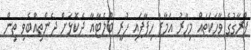
ޕްރާގުގެ ވާހަކަތައް މިހާރު އަމާޒު ހިފާފައި ހުރީ ބްލެޓާއާ ދެކޮޅަށް ދެންތިއްބެވި ތިން